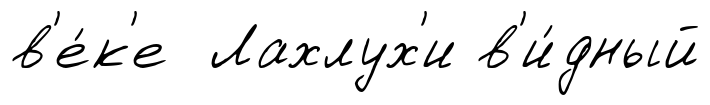
в'е́к'е Лахлух'и в'и́дный